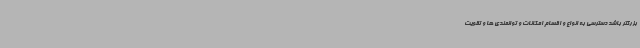
بزرگتر باشد دسترسی به انواع و اقسام امکانات و توانمندی ها و تقویت